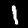
Label: 1